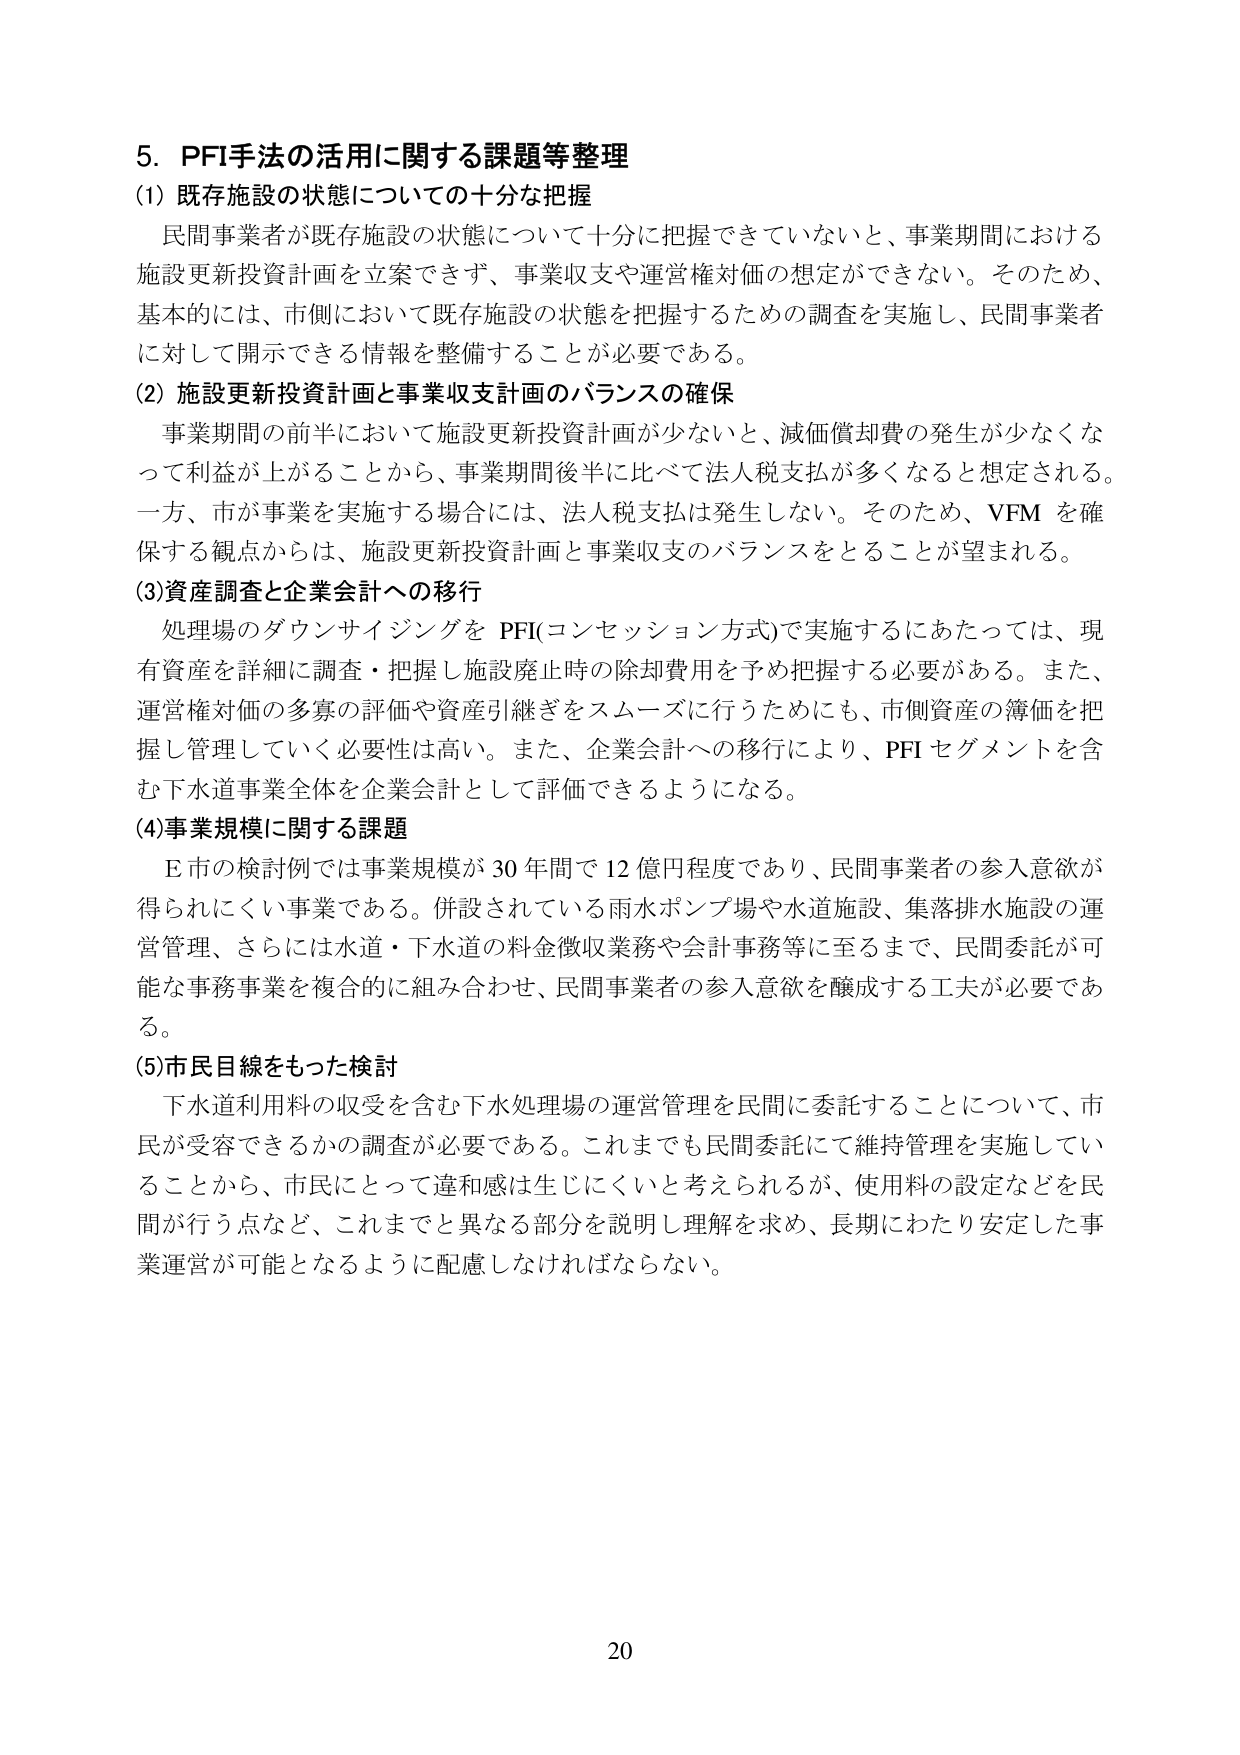
5. PFI手法の活用に関する課題等整理
(1) 既存施設の状態についての十分な把握
民間事業者が既存施設の状態について十分に把握できていないと、事業期間における施設更新投資計画を立案できず、事業収支や運営権対価の想定ができない。そのため、基本的には、市側において既存施設の状態を把握するための調査を実施し、民間事業者に対して開示できる情報を整備することが必要である。
(2) 施設更新投資計画と事業収支計画のバランスの確保
事業期間の前半において施設更新投資計画が少ないと、減価償却費の発生が少なくなって利益が上がることから、事業期間後半に比べて法人税支払が多くなると想定される。一方、市が事業を実施する場合には、法人税支払は発生しない。そのため、VFM を確保する観点からは、施設更新投資計画と事業収支のバランスをとることが望まれる。
(3) 資産調査と企業会計への移行
処理場のダウンサイジングを PFI(コンセッション方式)で実施するにあたっては、現有資産を詳細に調査・把握し施設廃止時の除却費用を予め把握する必要がある。また、運営権対価の多寡の評価や資産引継ぎをスムーズに行うためにも、市側資産の簿価を把握し管理していく必要性は高い。また、企業会計への移行により、PFI セグメントを含む下水道事業全体を企業会計として評価できるようになる。
(4) 事業規模に関する課題
E 市の検討例では事業規模が 30 年間で 12 億円程度であり、民間事業者の参入意欲が得られにくい事業である。併設されている雨水ポンプ場や水道施設、集落排水施設の運営管理、さらには水道・下水道の料金徴収業務や会計事務等に至るまで、民間委託が可能な事務事業を複合的に組み合わせ、民間事業者の参入意欲を醸成する工夫が必要である。
(5) 市民目線をもった検討
下水道利用料の収受を含む下水処理場の運営管理を民間に委託することについて、市民が受容できるかの調査が必要である。これまでも民間委託にて維持管理を実施していることから、市民にとって違和感は生じにくいと考えられるが、使用料の設定などを民間が行う点など、これまでと異なる部分を説明し理解を求め、長期にわたり安定した事業運営が可能となるように配慮しなければならない。
20